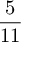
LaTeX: \frac { 5 } { 1 1 }